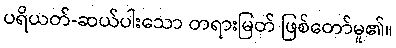
ပရိယတ်-ဆယ်ပါးသော တရားမြတ် ဖြစ်တော်မူ၏။